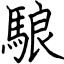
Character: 駺